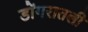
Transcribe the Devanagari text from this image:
डोंगरातली